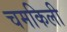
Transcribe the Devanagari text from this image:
चमकिली